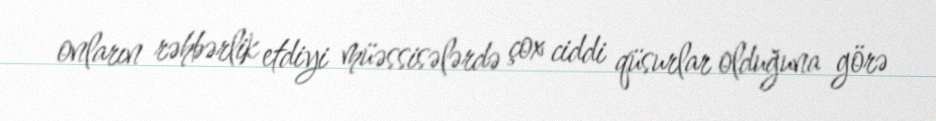
onların rəhbərlik etdiyi müəssisələrdə çox ciddi qüsurlar olduğuna görə